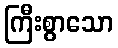
ကြီးစွာသော